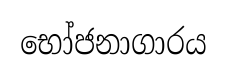
භෝජනාගාරය